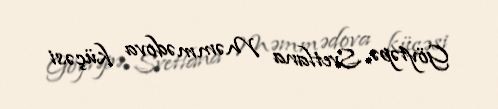
Göytəpə, Svetlana Məmmədova küçəsi